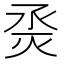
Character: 𰞜